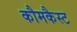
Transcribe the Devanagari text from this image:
कौमकैस्ट